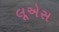
લૂએસ